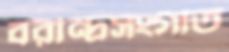
বরীন্দ্রসংগীত